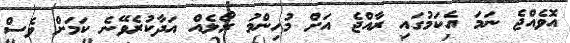
އޮވެއްޖެ ނަމަ އެކަމުގައި ރާއްޖެ އަށް މުހިންމު ރޯލެއް އަދާކުރެވޭނެ ކަމަށް ވެސް